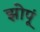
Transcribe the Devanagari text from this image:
झोपूं